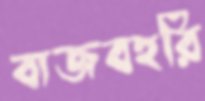
বাজবহরি